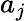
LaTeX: a_{j}